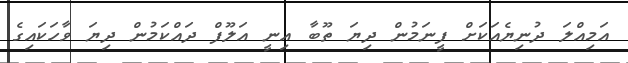
އަމިއްލަ ދުނިޔެއަކަށް ފީނަމުން ދިޔަ ތޫބާ އިނީ އަލޫފް ދައްކަމުން ދިޔަ ވާހަކައިގެ